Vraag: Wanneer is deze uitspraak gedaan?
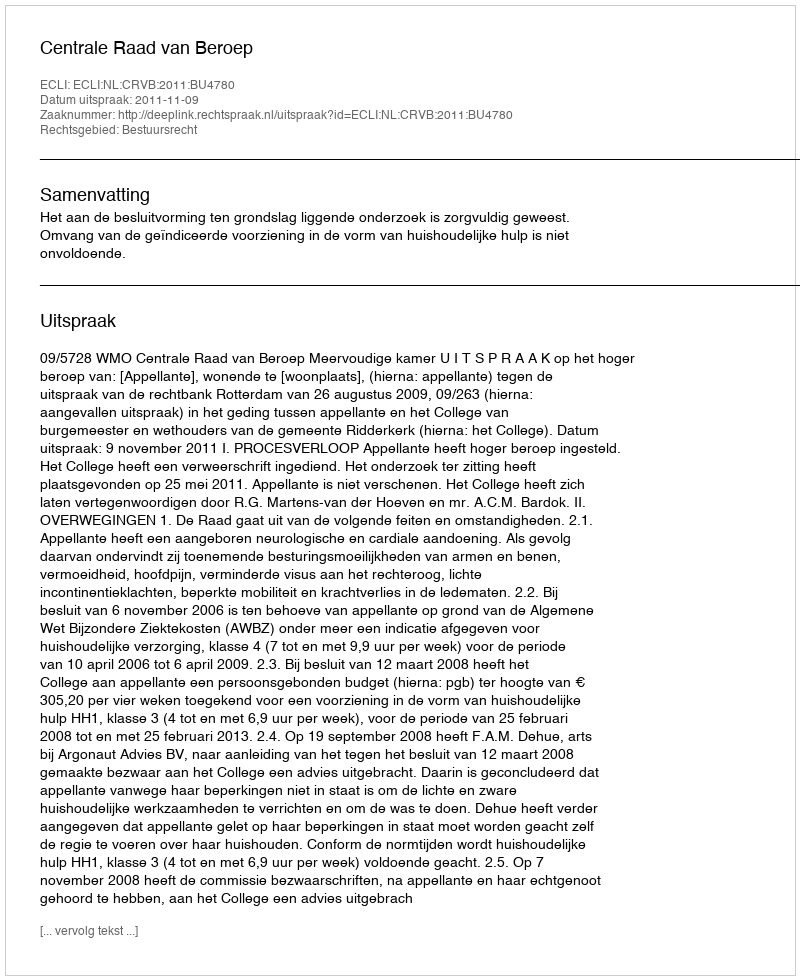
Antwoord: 2011-11-09